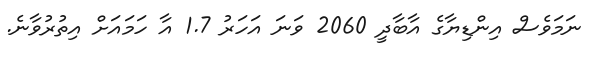
ނަމަވެސް އިންޑިޔާގެ އާބާދީ 2060 ވަނަ އަހަރު 1.7 އާ ހަމައަށް އިތުރުވާނެ.